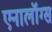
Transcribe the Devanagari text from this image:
एनालॉग्स